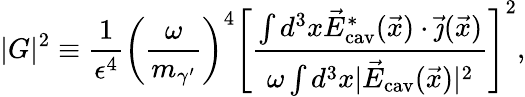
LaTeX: |G|^{2}\equiv\frac 1{\epsilon^{4}}\left(\frac{\omega}{m_{\gamma^{\prime}}}\right)^{4}\left[\frac{\int d^{3}x\vec{E}_{\mathrm{cav}}^{*}(\vec{x})\cdot\vec{\jmath}(\vec{x})}{\omega\int d^{3}x|\vec{E}_{\mathrm{cav}}(\vec{x})|^{2}}\right]^{2},